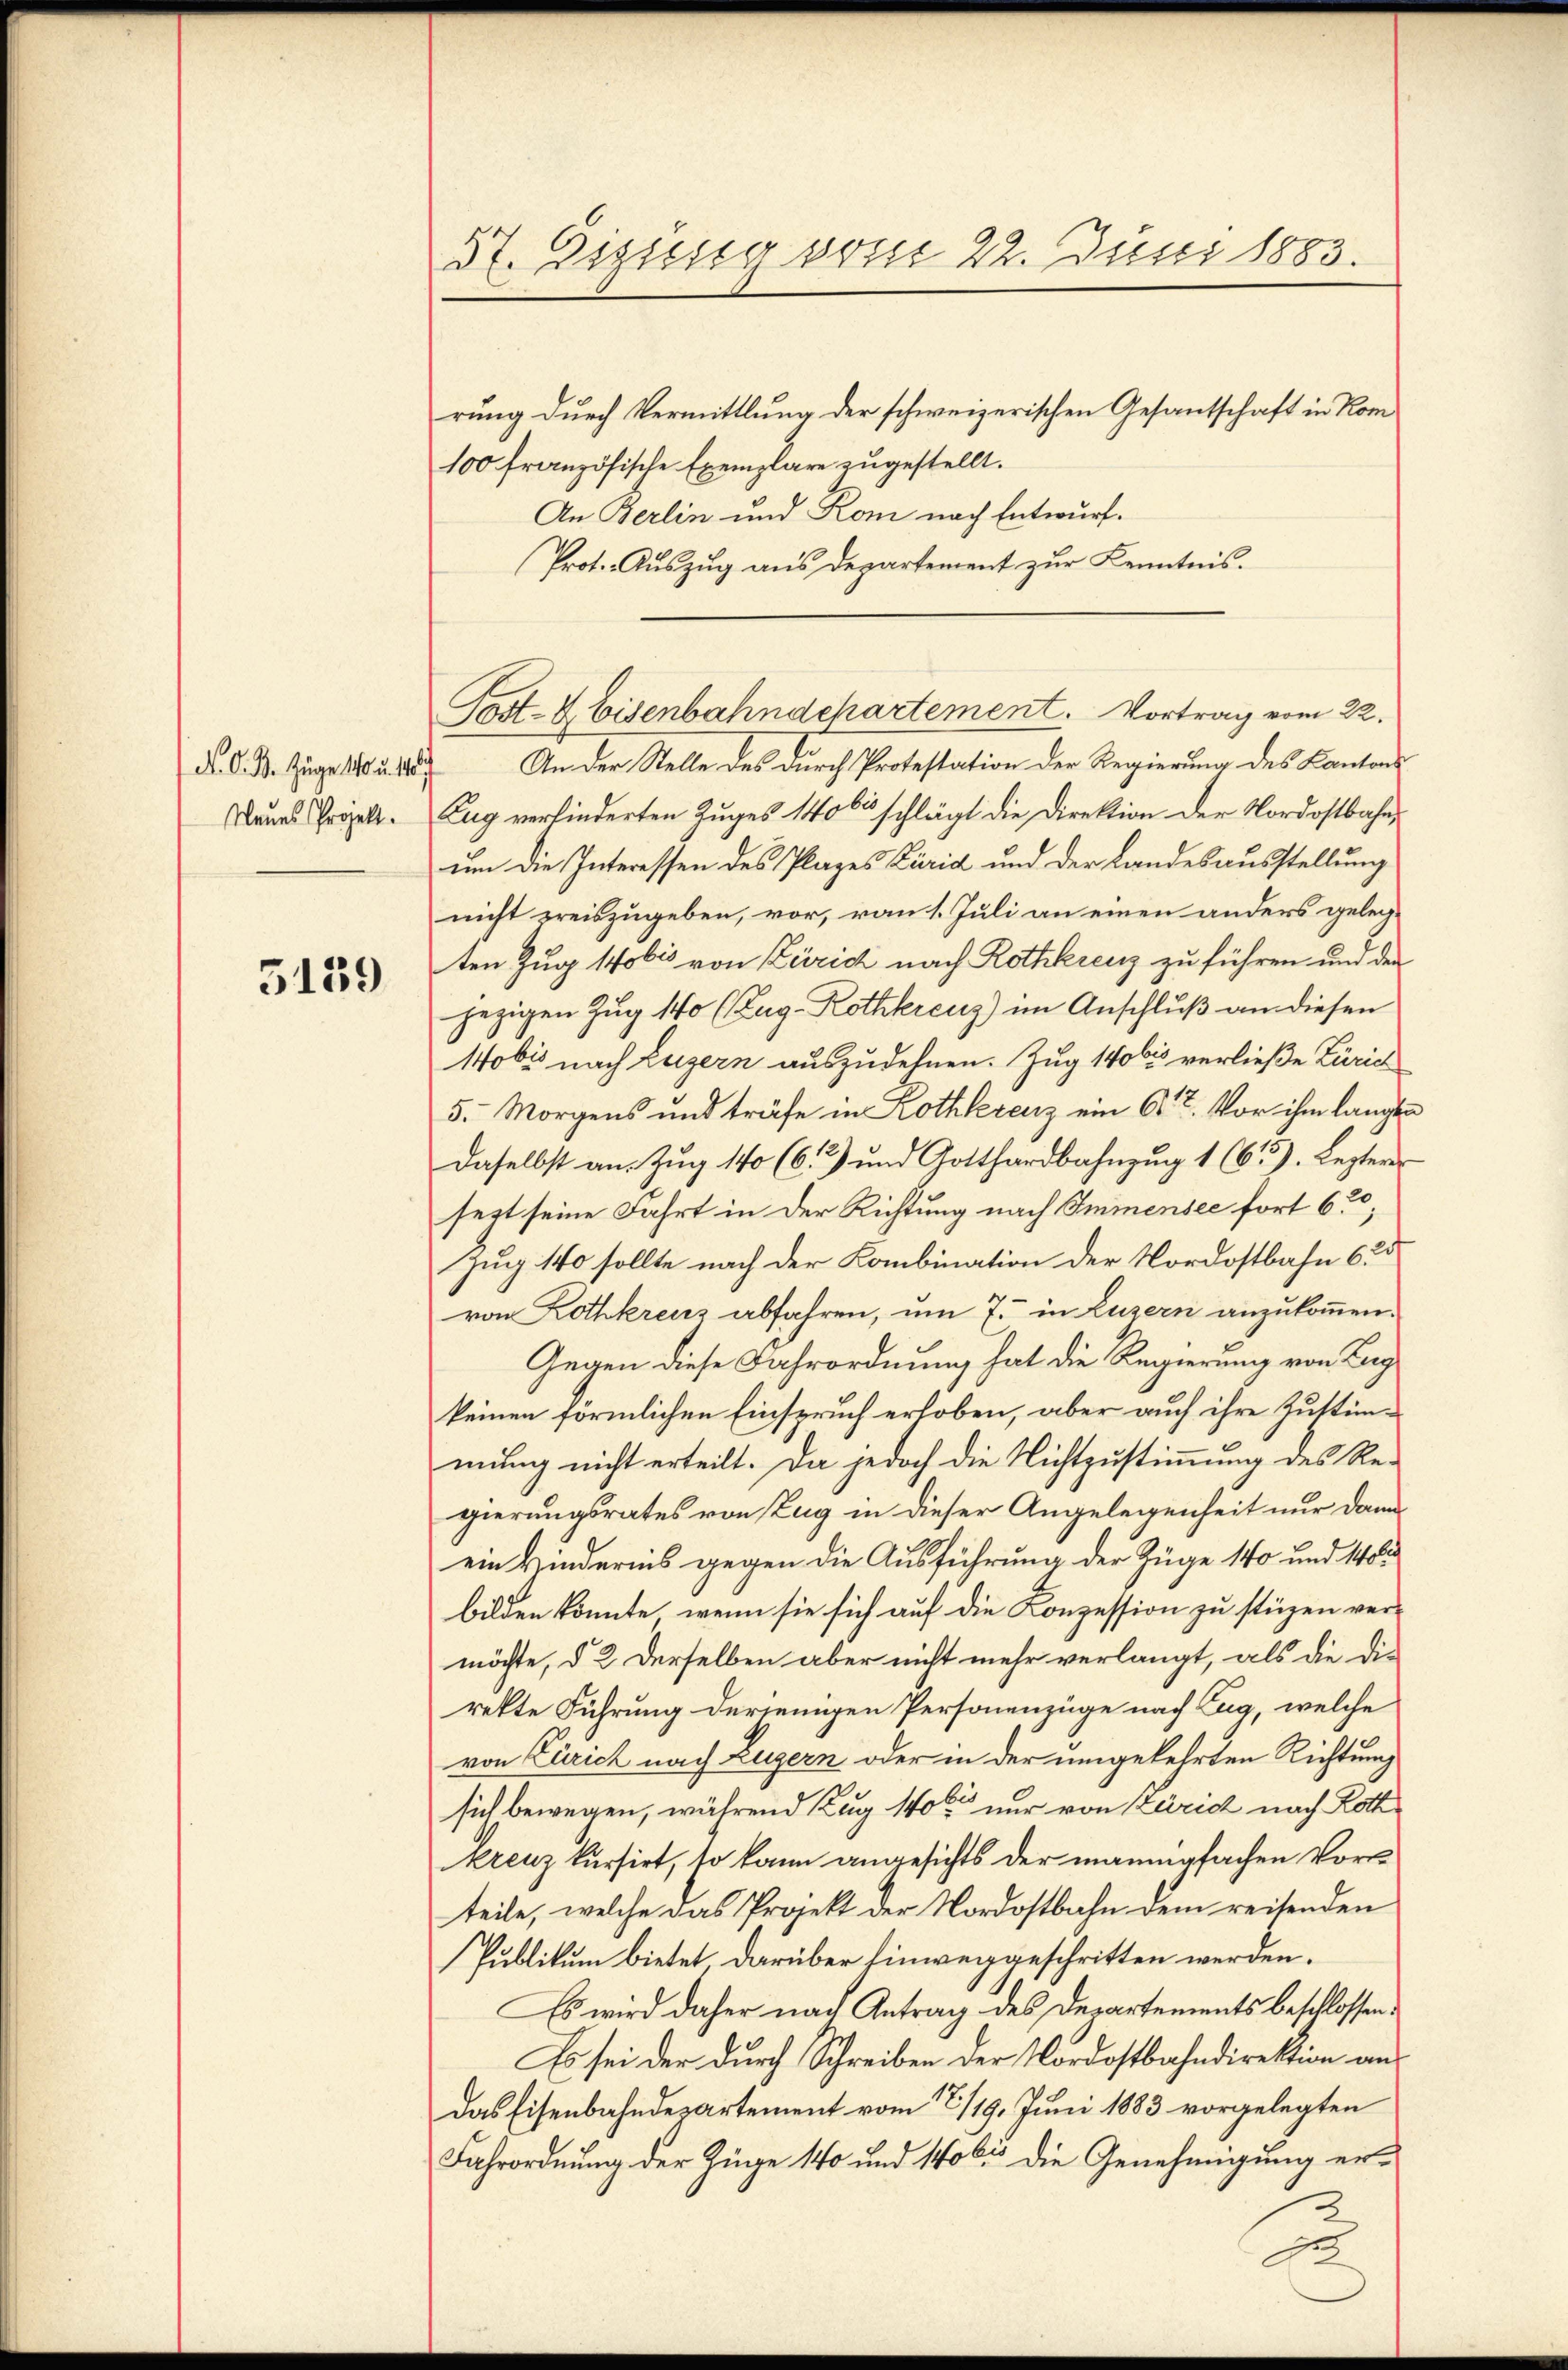
d. d. B. Zuge 140 u. 110

5139

57. Eiuso vom 22. Juni 1883.
rung durch Vermittlung der schweizerischen Gesantschaft in Kom
100 französische Exemplare zugestellt.

An Berlin und Rom nach Entwurf.
Prot. Auszug aus departement zur Kenntnis.

Post- & Eisenbahndepartement. Vortrag vom 22.

An der Stelle des durch Protestation der Regierung des Kantons
Baues Prok. Zug verhinderten Zuges 1406 schlägt die Direktion der Nordostbahn-
um die Interessen des Plazes Züric und der Landesausstellung
nicht preiszugeben, vor, vom 1. Juli an einen anders gelegten Zug 170 bis von Zürich nach Rothkreuz zu führen und den
jezigen Zug 140 (Zug. Rothkreuz) im Anschluß an diesen
1obs nach Luzern auszudehnen. Zug 140 bis verließe Zürich
5. Morgens und träfe in Rothkerenz ein Art. Vor ihm langen
daselbst an. Zug 140 (62) und Gotthardbahnzug 1 (613). Lezteres
sett seine Fahrt in der Richtung nach Immensee fort 630,
Zug 140 sollte nach der Kombination der Nordostbahn 625
von Rothkreuz abfahren, um 7. in Luzern anzukommen.
Gegen diese Fahrordnung hat die Regierung von Lag
keinen förmlichen Einspruch erhoben, aber auch ihre Zustimmung nicht erteilt. Da jedoch die Nichtzustimmung des Re-
gierungsrates von Zug in dieser Angelegenheit nur dann
ein Kindernis gegen die Ausführung der Züge 140 und 140
bilden könnte, wenn sie sich auf die Conzession zu stüzen ver-
möchte, d. 2. Derselben aber nicht mehr verlangt, als die die
rekte Führung derjenigen Personenzüge nach Zug, welche
von Zürich nach Luzern oder in der umgekehrten Richtung
sich bewegen, während Zug 140 nur von Zürich nach Roth
kreuz kursirt, so kann angesichts der manigfachen Vorteile, welche das Projekt der Nordostbahn dem reisenden
Publikum bietet darüber hinweggeschritten werden.
Es wird daher nach Antrag des Departements beschlossen:
Es sei der durch Schreiben der Nordostbahndirektion andas Eisenbahndepartement vom 7/19. Juni 1883 vorgelegten
Fahrordnung der Züge 140 und 10 bis die Genehmigung er-

2